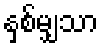
နှစ်မျှသာ